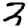
Digit: 3